Leaving Certificate Examination, 1913
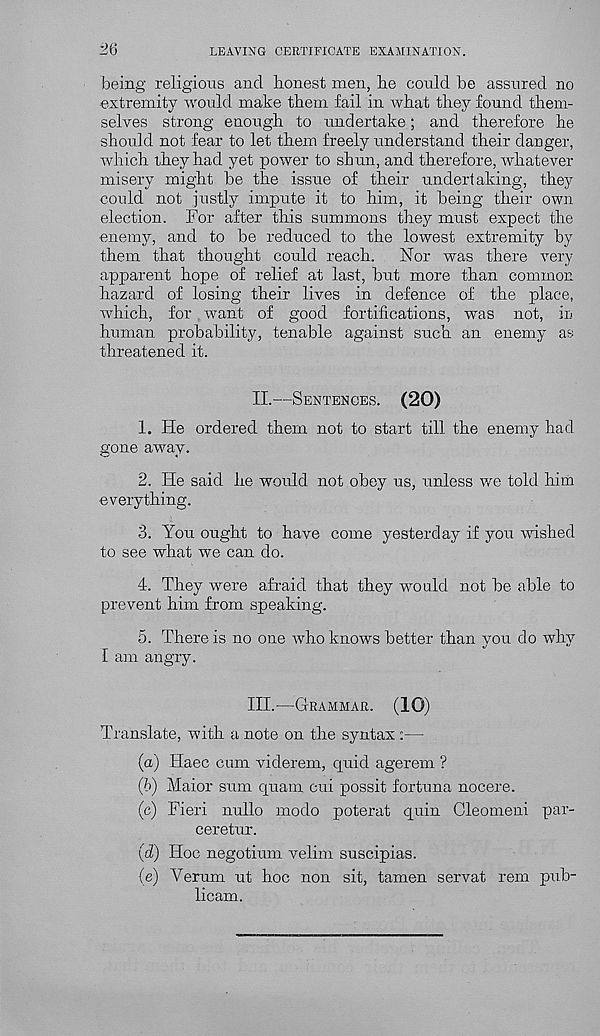
26
LEAVING CERTIFICATE EXAMINATION.
being religious and honest men, he could be assured no
•extremity would make them fail in what they found them-
selves strong enough to undertake; and therefore he
should not fear to let them freely understand their danger,
which they had yet power to shun, and therefore, whatever
misery might be the issue of their undertaking, they
could not justly impute it to him, it being their own
election. For after this summons they must expect the
enemy, and to be reduced to the lowest extremity by
them that thought could reach. Nor was there very-
apparent hope of relief at last, but more than common
hazard of losing their lives in defence of the place,
which, for want of good fortifications, was not, in
human probability, tenable against such an enemy as
threatened it.
II.—SENTENCES.
(20)
1. He ordered them not to start till the enemy had
gone away.
2. He said he would not obey us, unless we told him
everything.
3. You ought to have come yesterday if you wished
to see what we can do.
4. They were afraid that they would not be able to
prevent him from speaking.
5. There is no one who knows better than you do why
I am angry.
III.-—GRAMMAR.
(10)
Translate, with a note on the syntax :—
(a) Haec cum viderem, quid agerem ?
(b) Maior sum quam cui possit fortuna nocere.
(c) Fieri nullo modo poterat quin Cleomeni par-
ceretur.
(d) Hoc negotium velim suscipias.
(e) Verum ut hoc non sit, tamen servat rem pub-
licam.